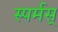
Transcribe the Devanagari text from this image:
स्पर्मस्‌